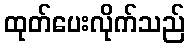
ထုတ်ပေးလိုက်သည်